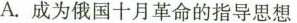
A.成为俄国十月革命的指导思想